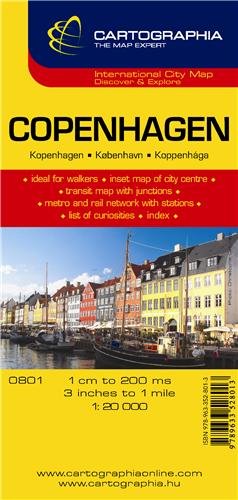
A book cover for Copenhagen (Michelin City Plans) (English, French and German Edition); Cartographia; Travel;